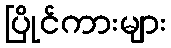
ပြိုင်ကားများ